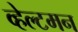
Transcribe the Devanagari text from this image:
व्हेल्टमन